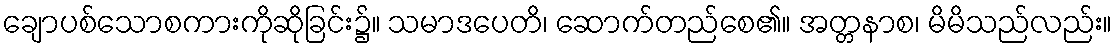
ချောပစ်သောစကားကိုဆိုခြင်း၌။ သမာဒပေတိ၊ ဆောက်တည်စေ၏။ အတ္တနာစ၊ မိမိသည်လည်း။